Indian journal of veterinary science and animal husbandry - Volume 3,
Year: 1933
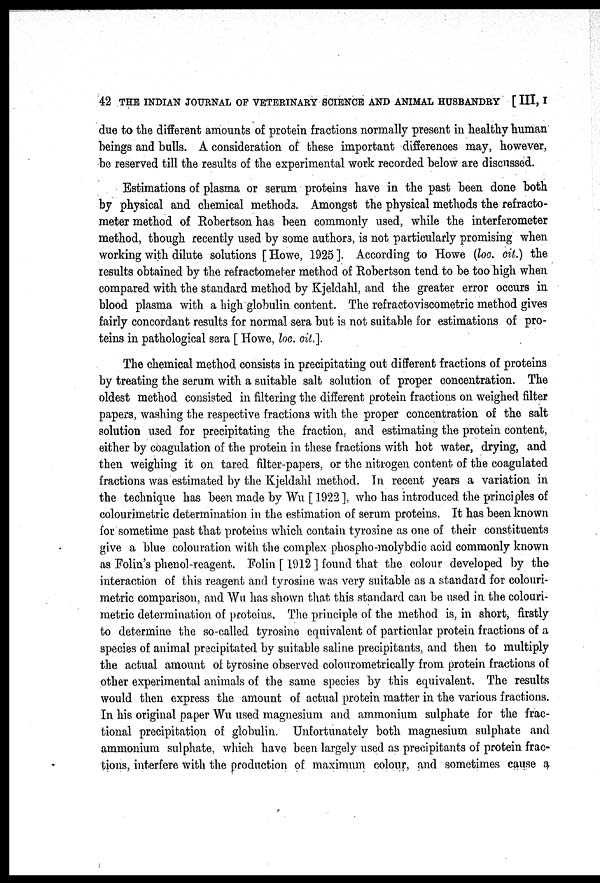
42 THE INDIAN JOURNAL OF VETERINARY SCIENCE AND ANIMAL HUSBANDRY [ III, I
due to the different amounts of protein fractions normally present in healthy human
beings and bulls. A consideration of these important differences may, however,
be reserved till the results of the experimental work recorded below are discussed.
Estimations of plasma or serum proteins have in the past been done both
by physical and chemical methods. Amongst the physical methods the refracto¬
meter method of Robertson has been commonly used, while the interferometer
method, though recently used by some authors, is not particularly promising when
working with dilute solutions [ Howe, 1925 ]. According to Howe (loc. cit.) the
results obtained by the refractometer method of Robertson tend to be too high when
compared with the standard method by Kjeldahl, and the greater error occurs in
blood plasma with a high globulin content. The refractoviscometric method gives
fairly concordant results for normal sera but is not suitable for estimations of pro-
teins in pathological sera [ Howe, loc. cit.].
The chemical method consists in precipitating out different fractions of proteins
by treating the serum with a suitable salt solution of proper concentration. The
oldest method consisted in filtering the different protein fractions on weighed filter
papers, washing the respective fractions with the proper concentration of the salt
solution used for precipitating the fraction and estimating the protein content,
either by coagulation of the protein in these fractions with hot water, drying, and
then weighing it on tared filter-papers, or the nitrogen content of the coagulated
fractions was estimated by the Kjeldahl method. In recent years a variation in
the technique has been made by Wu [ 1922 ], who has introduced the principles of
colourimetric determination in the estimation of serum proteins. It has been known
for sometime past that proteins which contain tyrosine as one of their constituents
give a blue colouration with the complex phospho-molybdic acid commonly known
as Folin's phenol-reagent. Folin [ 1912 ] found that the colour developed by the
interaction of this reagent and tyrosine was very suitable as a standard for colouri-
metric comparison, and Wu has shown that this standard can be used in the colouri-
metric determination of proteins. The principle of the method is, in short, firstly
to determine the so-called tyrosine equivalent of particular protein fractions of a
species of animal precipitated by suitable saline precipitants, and then to multiply
the actual amount of tyrosine observed colourometrically from protein fractions of
other experimental animals of the same species by this equivalent. The results
would then express the amount of actual protein matter in the various fractions.
In his original paper Wu used magnesium and ammonium sulphate for the frac-
tional precipitation of globulin. Unfortunately both magnesium sulphate and
ammonium sulphate, which have been largely used as precipitants of protein frac-
tions, interfere with the production of maximum colour, and sometimes cause a